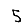
Digit: 5